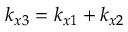
k _ { x 3 } = k _ { x 1 } + k _ { x 2 }